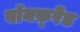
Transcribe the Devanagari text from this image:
बॉयफ़्रेंड